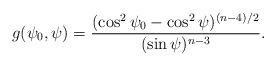
LaTeX: \begin{align*}g(\psi_0,\psi)=\frac{(\cos^2\psi_0-\cos^2\psi)^{(n-4)/2}}{(\sin\psi)^{n-3}}.\end{align*}